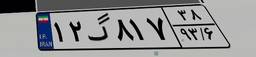
۱۲گ۸۱۷۳۸